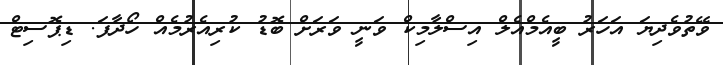
ވޭތުވެދިޔަ އަހަރު ބީއެމްއެލް އިސްލާމިކް ވަނީ ވަރަށް ބޮޑު ކުރިއެރުމެއް ހޯދާފަ. ޑިޕޮސިޓް